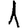
Digit: 1